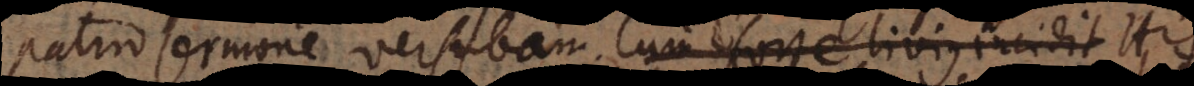
patrio sermone versabam. Cum forte Livius incidit His